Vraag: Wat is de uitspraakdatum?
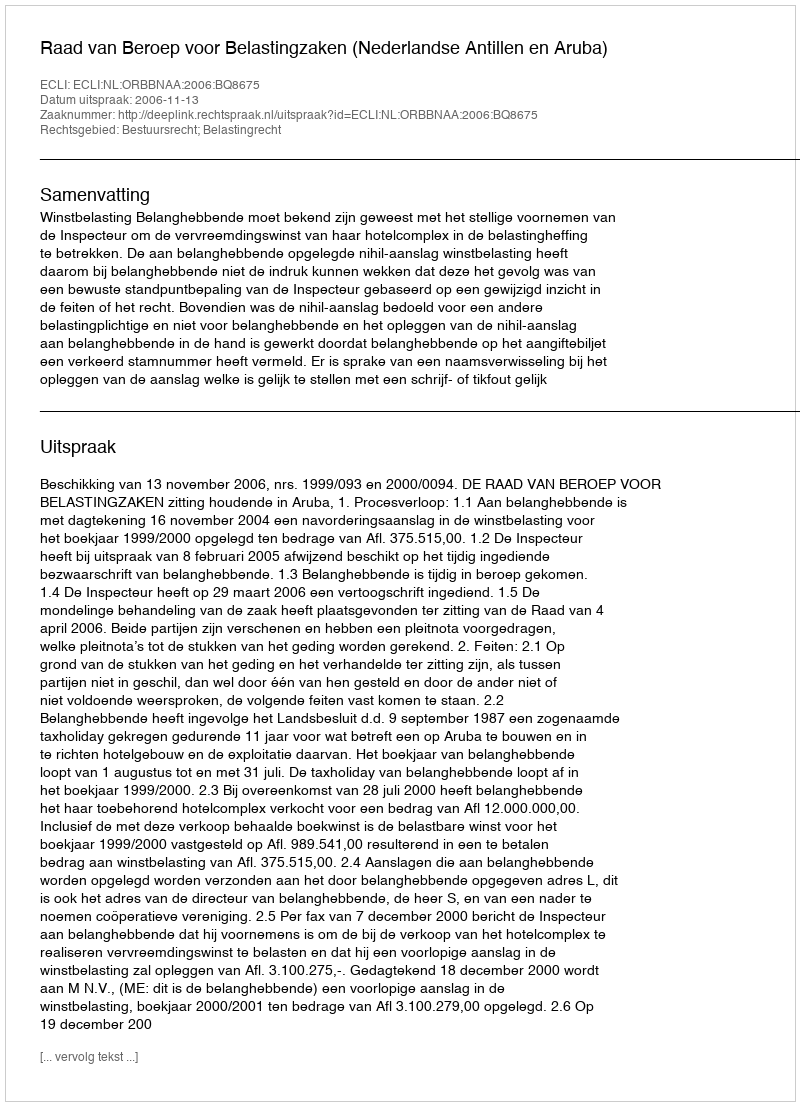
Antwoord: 2006-11-13